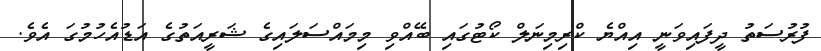
ފުރުސަތު ދީފައިވަނީ އިއްޔެ ކްރިމިނަލް ކޯޓުގައި ބޭއްވި މިމައްސަލައިގެ ޝަރީއަތުގެ އަޑުއެހުމުގަ އެވެ.